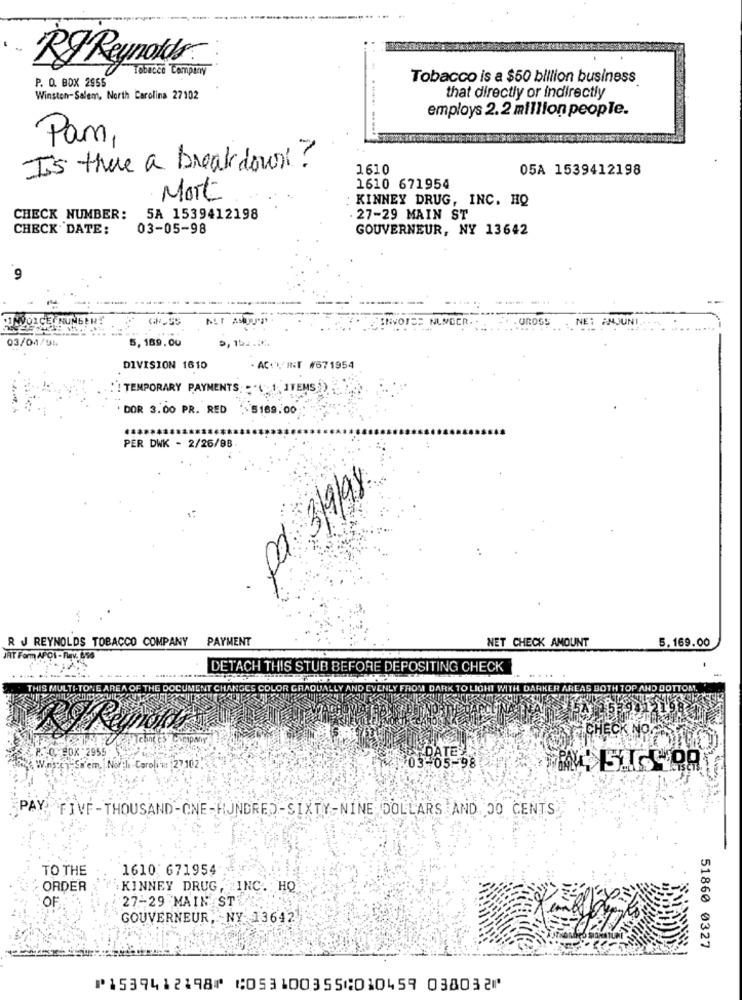
RJ Reynolds
Tobacco Company
P. O. BOX 2855
Tobacco is a $50 billion business
Winston-Salem, North Carolina 27102
that directly or indirectly
employs 2.2 million people.
Pam,
Is there a breakdown?
1610
05A 1539412198
1610 671954
Mort
: KINNEY DRUG, INC. HQ
CHECK NUMBER: 5A 1539412198
. 27-29 MAIN ST
CHECK' DATE:
03-05-98
GOUVERNEUR, NY 13642
9
:INVOICE NUMBER!
NUS
ANJUNI
03/04/94
5,189.00
5, 15 .....
DIVISION 1610
- ACTU INT #671954
... '! TEMPORARY PAYMENTS: ""(" 1, ITEMS ))
. DOR 3.00 PR. RED . 5169.00
PER DWK - 2/26/98
pd 3/9/98
R J REYNOLDS TOBACCO COMPANY PAYMENT
NET CHECK AMOUNT
5.169.00
JAT Form APOI - Rav. 856
DETACH THIS STUB BEFORE DEPOSITING CHECK
THIS MULTI-TONE AREA OF THE DOC
UMENT CHANGES COLOR GRADU
LY AND EVENLY FROM DARK TO LIGHT WIT
H DAR
R AREAS BOTH
OTTOM.
PO BOX 2955
Stem, North Carolina: [27102.
PAY FIVE-THOUSAND-ONE-HUNDRED-SIXTY-NINE DOLLARS AND 00 CENTS
TO THE
1610 671954
- ORDER
KINNEY DRUG, INC. HO
27-29 MAIN ST
OF
GOUVERNEUR, NY 13642
51860 0327
⑈1539412198⑈ ⑆053100355⑆010459 038032⑈